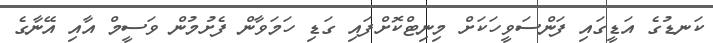
ކަނޑުގެ އަޑީގައި ފަންސަވީހަކަށް މިނިޓްކޮށްފައި ގަޑި ހަމަވާން ފެށުމުން ވަސީމް އާއި އޭނާގެ